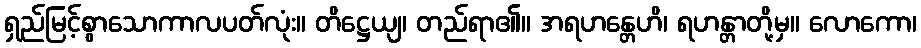
ရှည်မြင့်စွာသောကာလပတ်လုံး။ တိဋ္ဌေယျ၊ တည်ရာ၏။ အရဟန္တေဟိ၊ ရဟန္တာတို့မှ။ လောကော၊